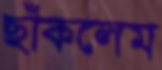
ছাঁকলেম